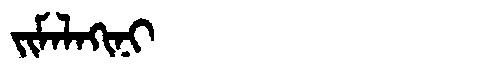
Manchu: ᠵᡳᠮᠠᠯᠠᡴᡳᠨᡳ
Romanization: JIMALAKINI